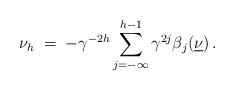
LaTeX: \begin{align*}\nu_h \;=\; -\gamma^{-2h} \sum_{j=-\infty}^{h-1} \gamma^{2j} \beta_j(\underline{\nu}) \, .\end{align*}